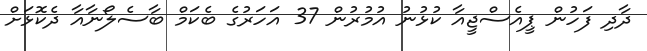
ދާދި ފަހުން ޕީއެސްޖީއާ ކުޅުނު އުމުރުން 37 އަހަރުގެ ބެކަމް ބާސެލޯނާއާ ދެކޮޅަށް